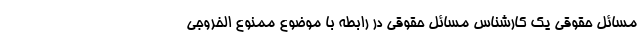
مسائل حقوقی یک کارشناس مسائل حقوقی در رابطه با موضوع ممنوع الخروجی